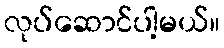
လုပ်ဆောင်ပါ့မယ်။